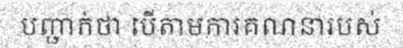
បញ្ជាក់ថា បើតាមការគណនារបស់